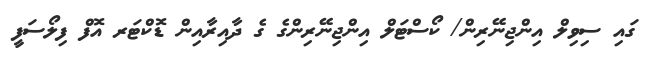
ގައި ސިވިލް އިންޖިނޭރިން/ ކޯސްޓަލް އިންޖިނޭރިންގެ ގެ ދާއިރާއިން ޑޮކްޓަރ އޮފް ފިލޯސަފީ